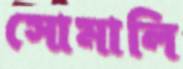
সোমালি